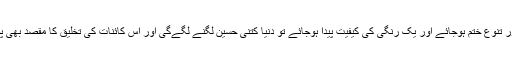
یہ رنگارنگی اور تنوع ختم ہوجائے اور یک رنگی کی کیفیت پیدا ہوجائے تو دنیا کتنی حسین لگنے لگےگی اور اس کائنات کی تخلیق کا مقصد بھی پورا ہوجائے گا!